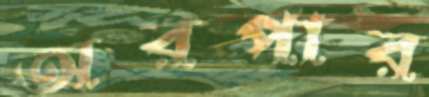
অরপার